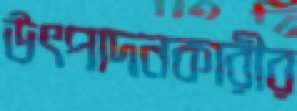
উৎপাদনকারীর